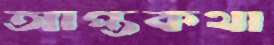
আপ্তকথা